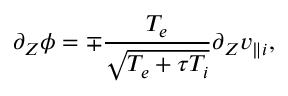
\partial _ { Z } \phi = \mp \frac { T _ { e } } { \sqrt { T _ { e } + \tau T _ { i } } } \partial _ { Z } v _ { \parallel i } ,